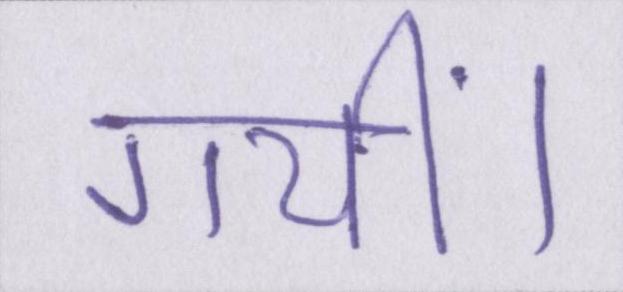
गयीं।